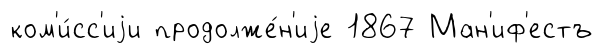
ком'и́сс'иjи продолже́н'иjе 1867 Ман'иф'естъ